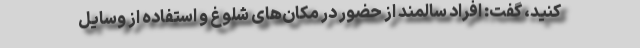
کنید، گفت: افراد سالمند از حضور در مکان‌های شلوغ و استفاده از وسایل